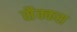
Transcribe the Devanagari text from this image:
सैक्कस